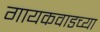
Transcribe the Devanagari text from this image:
गायकवाडच्या